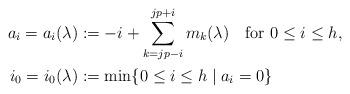
LaTeX: \begin{align*}a_i=a_i(\lambda) &:= -i+\sum_{k=jp-i}^{jp+i}m_k(\lambda)\quad\textrm{for $0\leq i\leq h$},\\i_0=i_0(\lambda) &:= \min \{0\leq i\leq h\mid a_i=0\}\end{align*}